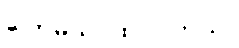
ပြောမယ် ထင်ပါတယ်။